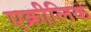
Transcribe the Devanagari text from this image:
एक्रीलिक